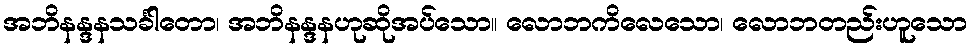
အဘိနန္ဒနသင်္ခါတော၊ အဘိနန္ဒနဟုဆိုအပ်သော။ လောဘကိလေသော၊ လောဘတည်းဟူသော